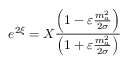
e ^ { 2 \xi } = X \frac { \left( 1 - \varepsilon \frac { m _ { a } ^ { 2 } } { 2 \sigma } \right) } { \left( 1 + \varepsilon \frac { m _ { a } ^ { 2 } } { 2 \sigma } \right) }